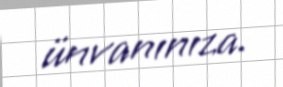
ünvanınıza.